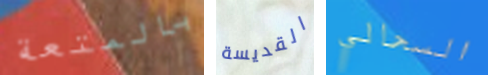
بالمتعة القديسة السحالي